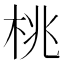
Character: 桃